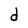
Character: d